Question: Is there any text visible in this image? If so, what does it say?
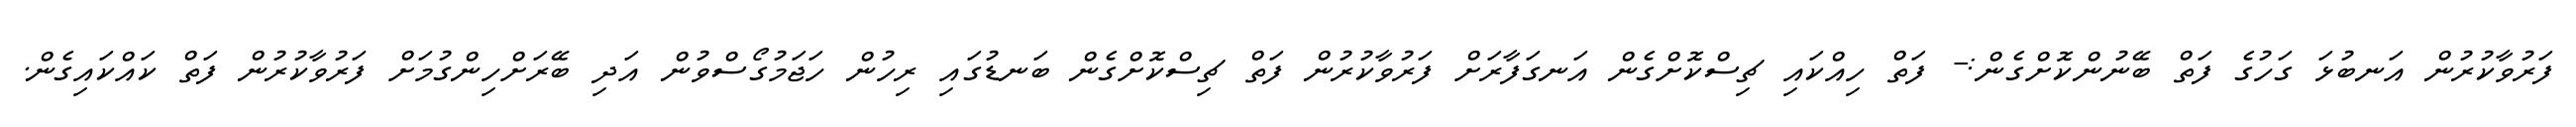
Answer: ފަރުވާކުރުން އަނބުޅަ ގަހުގެ ފަތް ބޭނުންކޮށްގެން:- ފަތް ހިއްކައި ޗިސްކޮށްގެން އަނގަފާރަށް ފަރުވާކުރުން ފަތް ޗިސްކޮށްގެން ބަނޑުގައި ރިހުން ހަޖަމުގޯސްވުން އަދި ބޭރަށްހިންގުމަށް ފަރުވާކުރުން ފަތް ކައްކައިގެން.